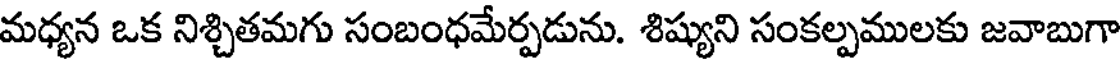
మధ్యన ఒక నిశ్చితమగు సంబంధమేర్పడును. శిష్యుని సంకల్పములకు జవాబుగా